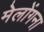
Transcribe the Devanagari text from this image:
मेलोंगना